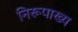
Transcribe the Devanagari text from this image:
निरूपाख्य